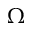
\Omega